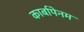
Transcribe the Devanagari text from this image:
कार्बापेनम